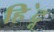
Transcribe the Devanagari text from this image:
हि॓दू